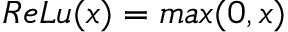
R e L u ( x ) = m a x ( 0 , x )